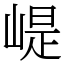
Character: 崼